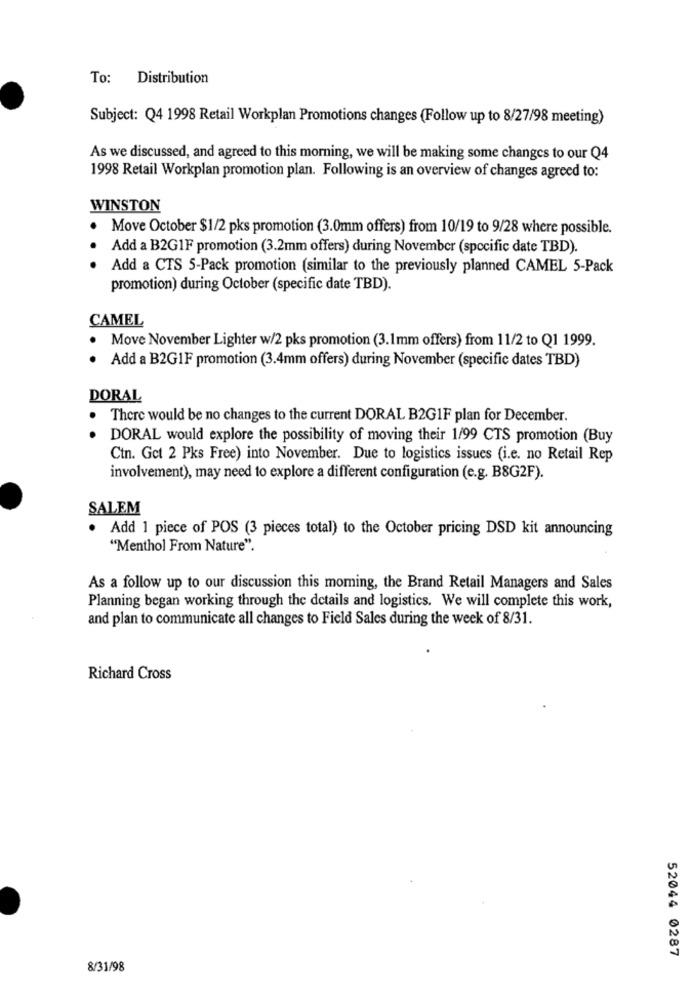
To: Distribution
Subject: Q4 1998 Retail Workplan Promotions changes (Follow up to 8/27/98 meeting)
As we discussed, and agreed to this morning, we will be making some changes to our Q4
1998 Retail Workplan promotion plan. Following is an overview of changes agreed to:
WINSTON
.
Move October $1/2 pks promotion (3.0mm offers) from 10/19 to 9/28 where possible.
Add a B2G1F promotion (3.2mm offers) during November (specific date TBD).
Add a CTS 5-Pack promotion (similar to the previously planned CAMEL 5-Pack
promotion) during October (specific date TBD).
CAMEL
Move November Lighter w/2 pks promotion (3.1mm offers) from 11/2 to Q1 1999.
Add a B2GIF promotion (3.4mm offers) during November (specific dates TBD)
DORAL
There would be no changes to the current DORAL B2GIF plan for December.
DORAL would explore the possibility of moving their 1/99 CTS promotion (Buy
Ctn. Get 2 Pks Free) into November. Due to logistics issues (i.e. no Retail Rep
involvement), may need to explore a different configuration (e.g. B8G2F).
SALEM
Add 1 piece of POS (3 pieces total) to the October pricing DSD kit announcing
"Menthol From Nature".
As a follow up to our discussion this morning, the Brand Retail Managers and Sales
Planning began working through the details and logistics. We will complete this work,
and plan to communicate all changes to Field Sales during the week of 8/31.
Richard Cross
52044 0287
8/31/98